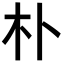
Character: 朴